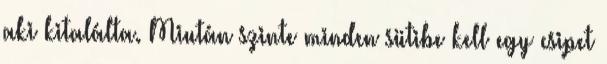
aki kitalálta. Miután szinte minden sütibe kell egy csipet